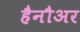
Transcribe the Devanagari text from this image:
हैनौअर